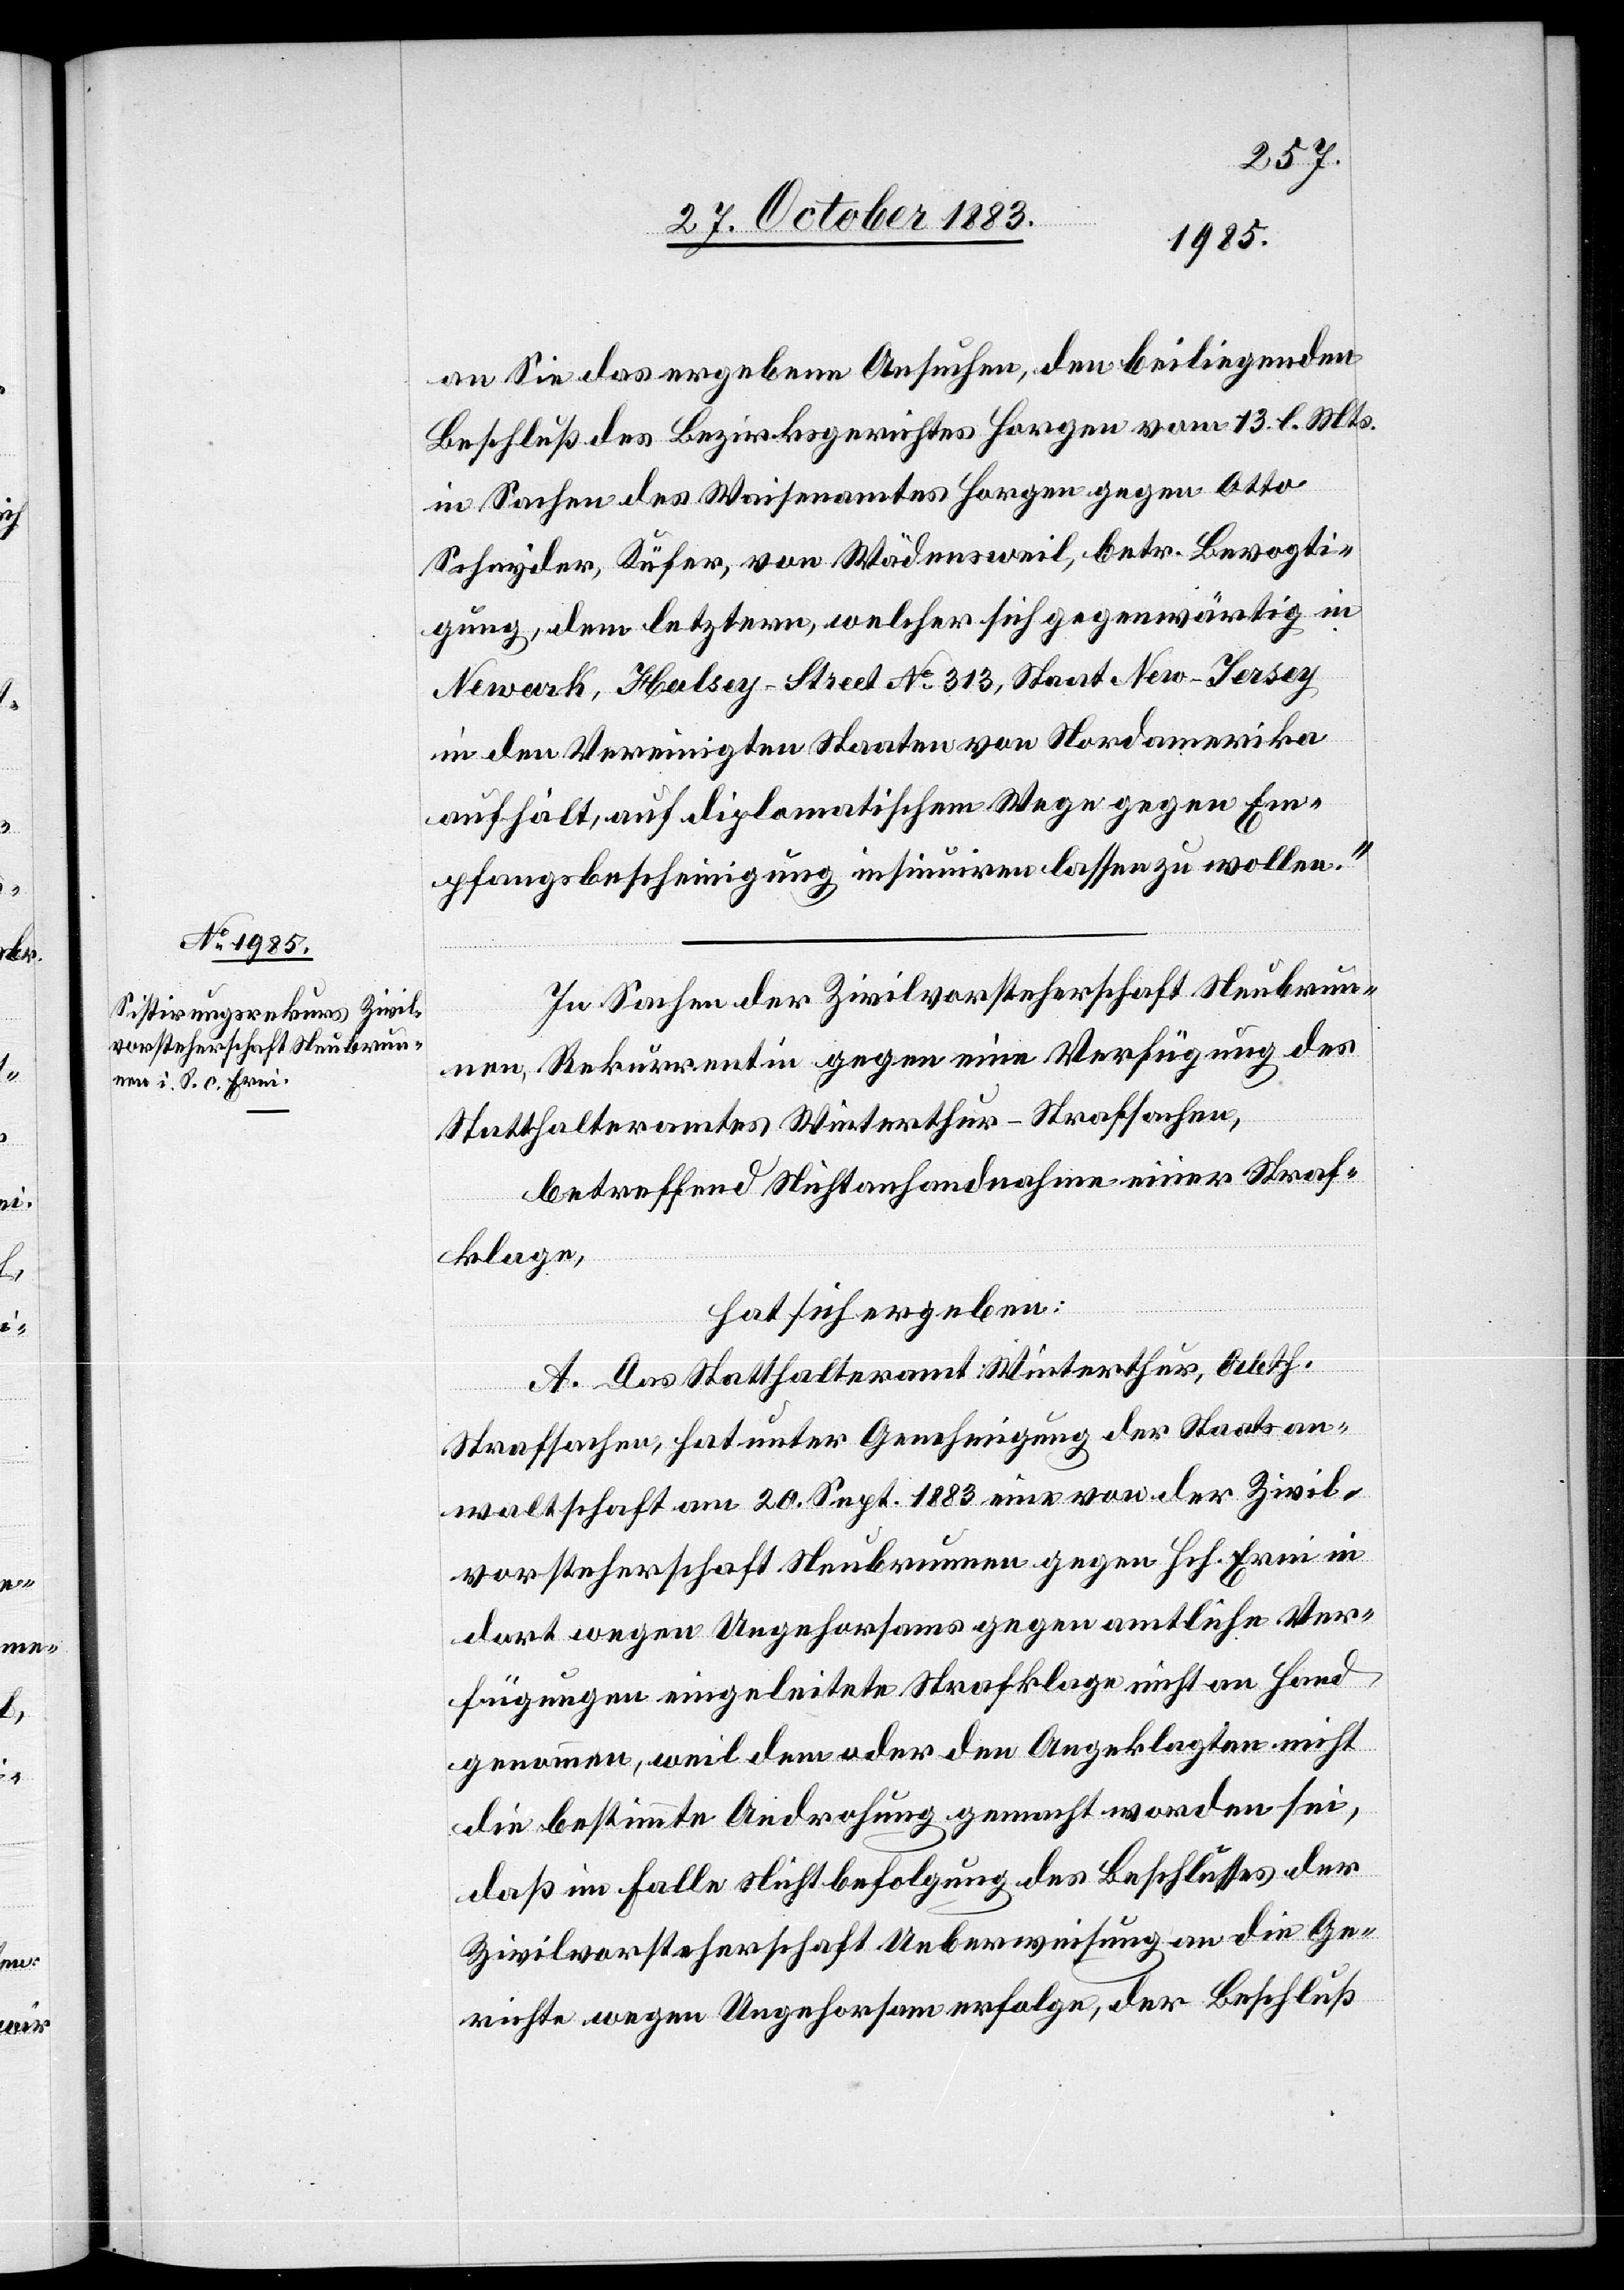
an Sie das ergebene Ansuchen, den beiliegenden
Beschluß des Bezirksgerichtes Horgen vom 13. l. Mts.
in Sachen des Waisenamtes Horgen gegen Otto
Schnyder, Küfer, von Wädensweil, betr. Bevogti¬
gung, dem letztern, welcher sich gegenwärtig in
Newark, Halsey-Street No 313, Staats New-Jersey
in den Vereinigten Staaten von Nordamerika
aufhält, auf diplomatischem Wege gegen Em¬
pfangsbescheinigung insinuiren lassen zu wollen.“
In Sachen der Zivilvorsteherschaft Neubrun¬
nen, Rekurrentin gegen eine Verfügung des
Statthalteramtes Winterthur – Strafsachen,
betreffen Nichtanhandnahme einer Straf¬
klage,
hat sich ergeben:
A. Das Statthalteramt Winterthur, Abth.
Strafsachen, hat unter Genehmigung der Staatsan¬
waltschaft am 20. Sept. 1883 eine von der Zivil¬
vorsteherschaft Neubrunnen gegen Hch. Erni in
dort wegen Ungehorsams gegen amtliche Ver¬
fügungen eingeleitete Strafklage nicht an Hand
genommen, weil dem oder den Angeklagten nicht
die bestimmte Androhung gemacht worden sei,
daß im Falle Nichtbefolgung des Beschlusses der
Zivilvorsteherschaft Ueberweisung an die Ge¬
richte wegen Ungehorsam erfolge, der Beschluß